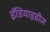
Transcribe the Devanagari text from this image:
ईडियाइडीज़